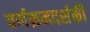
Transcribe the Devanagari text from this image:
वर्णक्रमदर्शकी